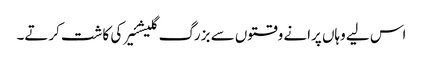
اس لیے وہاں پرانے وقتوں سے بزرگ گلیشئیر کی کاشت کرتے۔